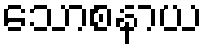
သောစနာယ